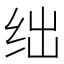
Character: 绌